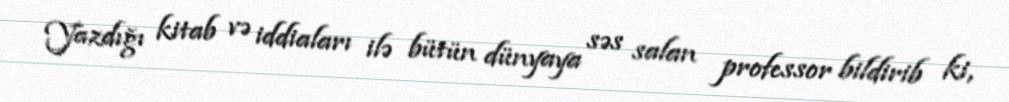
Yazdığı kitab və iddiaları ilə bütün dünyaya səs salan professor bildirib ki,